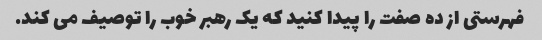
فهرستی از ده صفت را پیدا کنید که یک رهبر خوب را توصیف می کند.